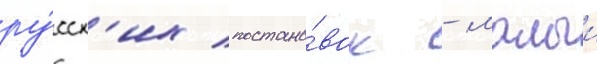
ру́сск'их постано́вок - малыи